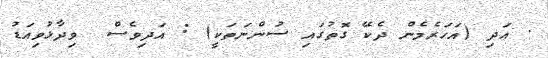
. އަދި (އަހަރެމެން ދެކޭ ގޮތުގައި ސުންނަތަކީ) : އަދިވެސް  ވިދާޅުވިއަޑު